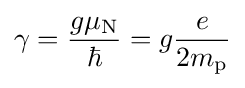
\gamma ={\frac {g\mu _{\text{N}}}{\hbar }}=g{\frac {e}{2m_{\text{p}}}}